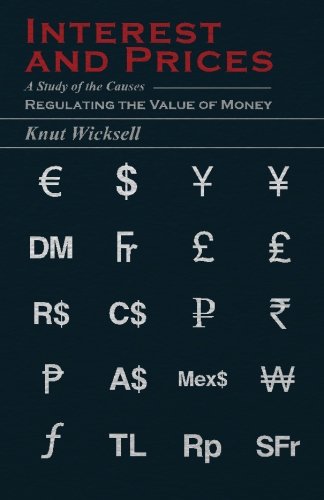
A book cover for Interest and Prices - A Study of the Causes Regulating the Value of Money; Knut. Wicksell; Business & Money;